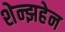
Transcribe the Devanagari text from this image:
शेन्झहेन